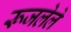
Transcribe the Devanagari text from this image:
रूजलेले